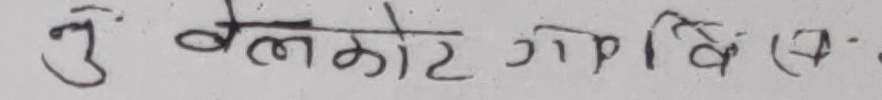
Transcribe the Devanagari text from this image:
नु वेलकोट गपि वि (१).